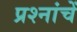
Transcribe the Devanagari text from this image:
प्रश्नांचें